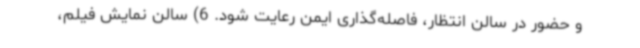
و حضور در سالن انتظار، فاصله‌گذاری ایمن رعایت شود. 6) سالن نمایش فیلم،